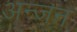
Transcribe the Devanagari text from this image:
अन्जन